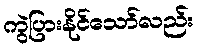
ကွဲပြားနိုင်သော်လည်း